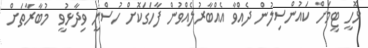
ޅޮހީ ޓީމަށް ކައުންސިލުން ދެއްވާ އެއްބާރުލެއްވުން ފާހަގަކޮށް ހުސްނީ ވިދާޅުވީ  މުބާރާތަށް